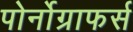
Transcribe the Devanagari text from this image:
पोर्नोग्राफर्स